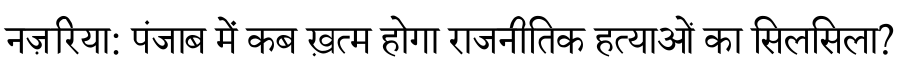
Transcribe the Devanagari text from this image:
नज़रिया: पंजाब में कब ख़त्म होगा राजनीतिक हत्याओं का सिलसिला?